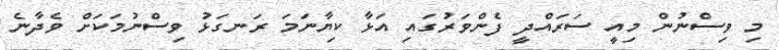
މި ވިސްނުން މިއީ ސަަރައްދީ ފެންވަރުގައި އަޅާ ކިޔާނަމަ ރަނގަޅު ވިސްނުމަކަށް ވެދާނެ